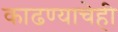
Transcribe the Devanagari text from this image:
काढण्याचेही